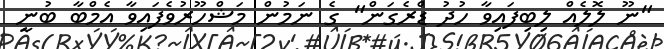
"ނޫ ލޮލެއް ލިބިފައިވާ ހުދު ޑްރެގަން" ގެ ނަމުން މަޝްހޫރުވެފައިވާ އެމްބާ ބުނީ